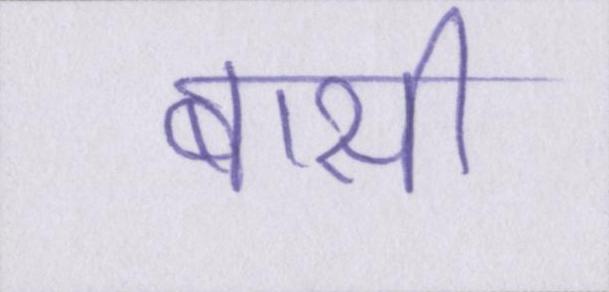
बासी